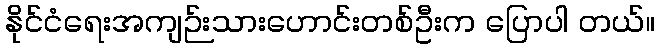
နိုင်ငံရေးအကျဉ်းသားဟောင်းတစ်ဦးက ပြောပါ တယ်။